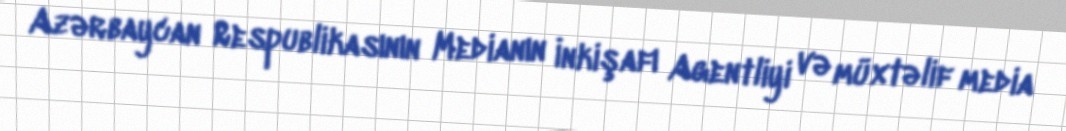
Azərbaycan Respublikasının Medianın İnkişafı Agentliyi və müxtəlif media